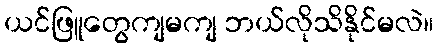
ယင်ဖြူတွေကျမကျ ဘယ်လိုသိနိုင်မလဲ။